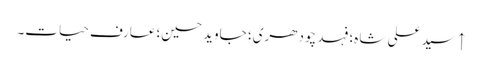
↑ سید علی شاہ؛ فہد چودھری؛ جاوید حسین؛ عارف حیات۔